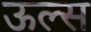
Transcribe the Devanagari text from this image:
ऊल्स